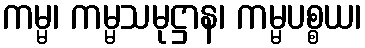
ကမ္မ၊ ကမ္မသမုဋ္ဌာန၊ ကမ္မပစ္စယ၊